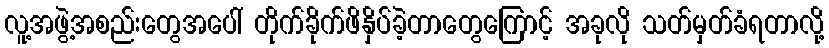
လူ့အဖွဲ့အစည်းတွေအပေါ် တိုက်ခိုက်ဖိနှိပ်ခဲ့တာတွေကြောင့် အခုလို သတ်မှတ်ခံရတာလို့